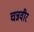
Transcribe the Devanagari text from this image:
चन्नवीर